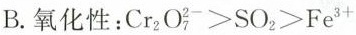
B. 氧化性：$$Cr_{2}O_{7}^{2-}>SO_{2}>Fe^{3+}$$